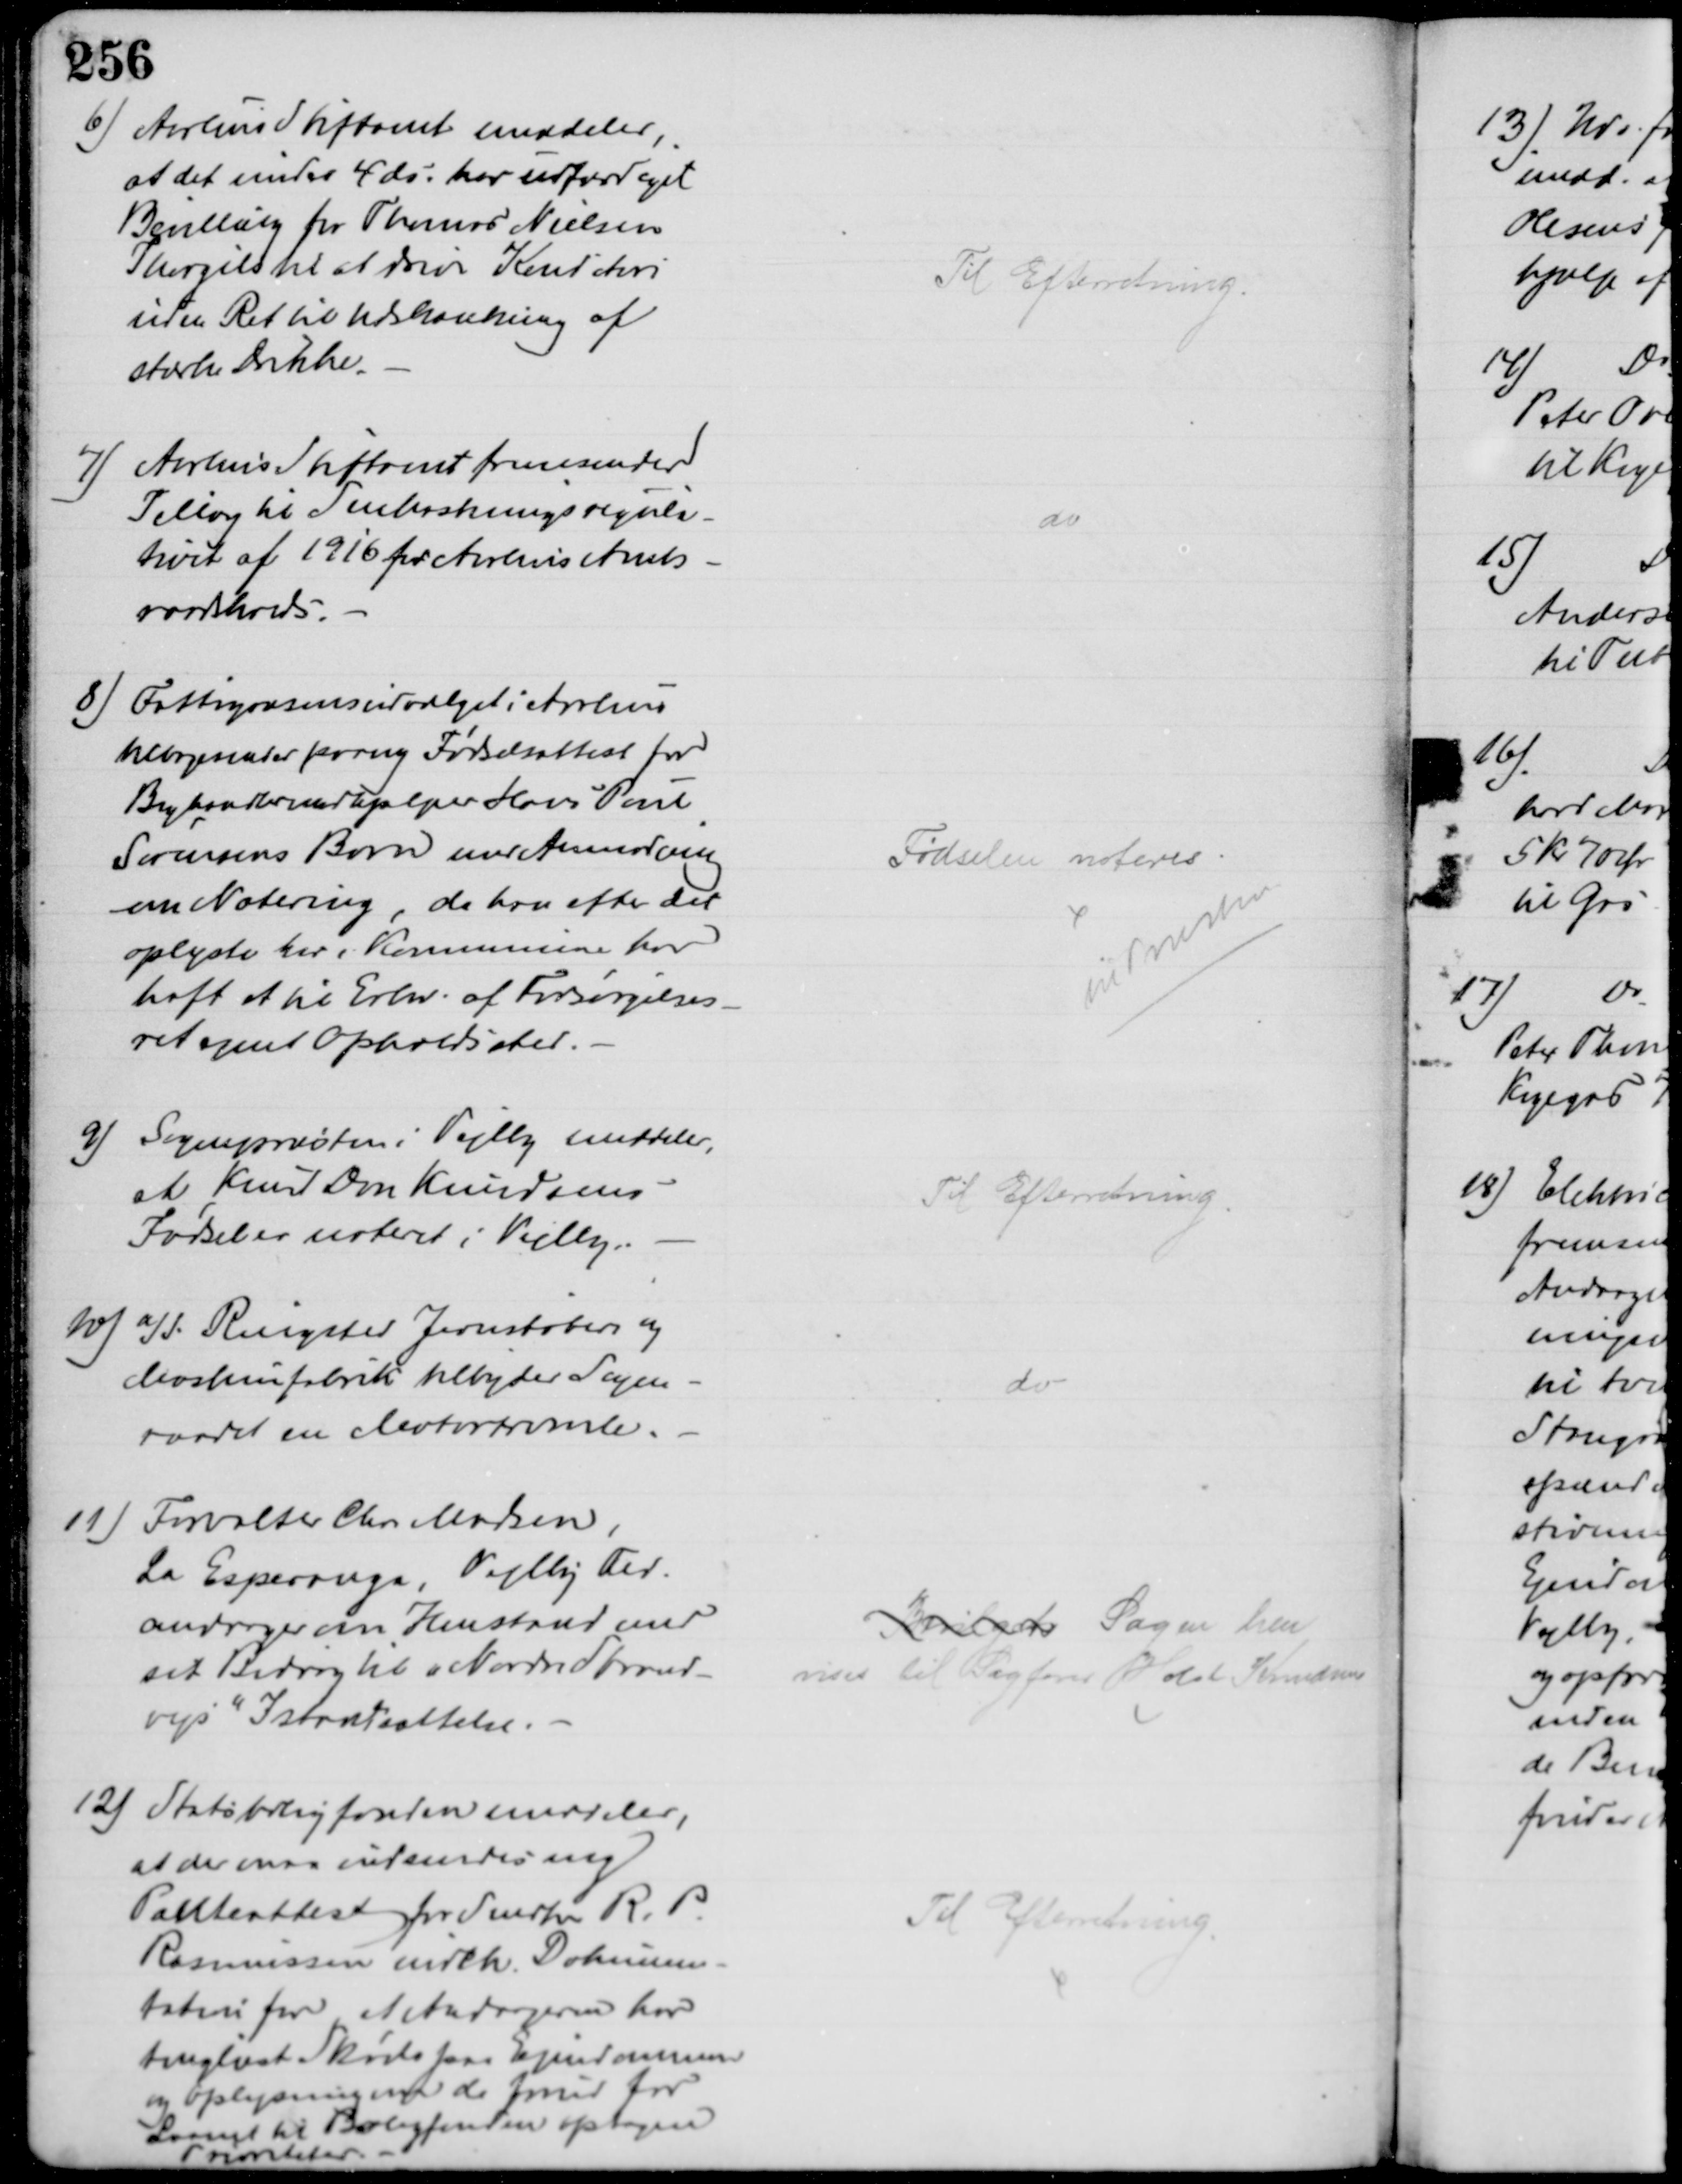
Transskription:
6) Aarhus Stiftamt meddeler,
at det under 4 ds: har udfærdiget
Bevilling for Thomas Nielsen
Thorgils til at drive Konditori
uden Ret til Udskænkning af
stærke Drikke.
Til Efterretning.
7) Aarhus Stiftamt fremsender
Tillæg til Snekastningsregula-
tivet af 1916 for Aarhus Amts-
raadskreds.
do
8) Fattigvæsensudvalget i Aarhus
tilbagesender paany Fødselsattest for
Boghandlermedhjælper Hans Poul
Sørensens Barn med Anmodning
om Notering, da han efter det
oplyste her i Kommunen har
haft et til Erhv. af Forsørgelses-
ret egnet Opholdssted.
Fødselen noteres
til Præsten
9) Sognepræsten i Vejlby meddeler,
at Knud Dan Knudsens
Fødsel er noteret i Vejlby.
Til Efterretning
10) A/S Ringsted Jernstøberi og
Maskinfabrik tilbyder Sogne-
raadet en Motortromle.
do
11) Forvalter Chr Madsen
La Esperanza, Vejlby Fed
andrager en Henstand med
sit Bidrag til "Nordre Strand
vejs" Istandsættelse.
Bevilget Sagen hen
vises til Sagfører Holst Knudsen
12) Statsboligfonden meddeler,
at der maa indsendes ny
Panteattest for Snedker R. P.
Rasmussen indeh. Dokumen-
tation for at Andrageren har
tinglyst Skøde paa Ejendommen
og Oplysning om de forud for
Laanet til Boligfonden optagne
Prioriteter.
Til Efterretning.